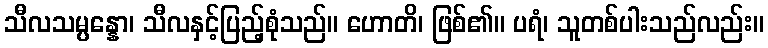
သီလသမ္ပန္နော၊ သီလနှင့်ပြည့်စုံသည်။ ဟောတိ၊ ဖြစ်၏။ ပရံ၊ သူတစ်ပါးသည်လည်း။